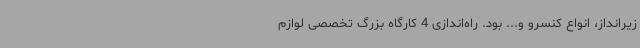
زیرانداز، انواع کنسرو و... بود. راه‌اندازی 4 کارگاه بزرگ تخصصی لوازم